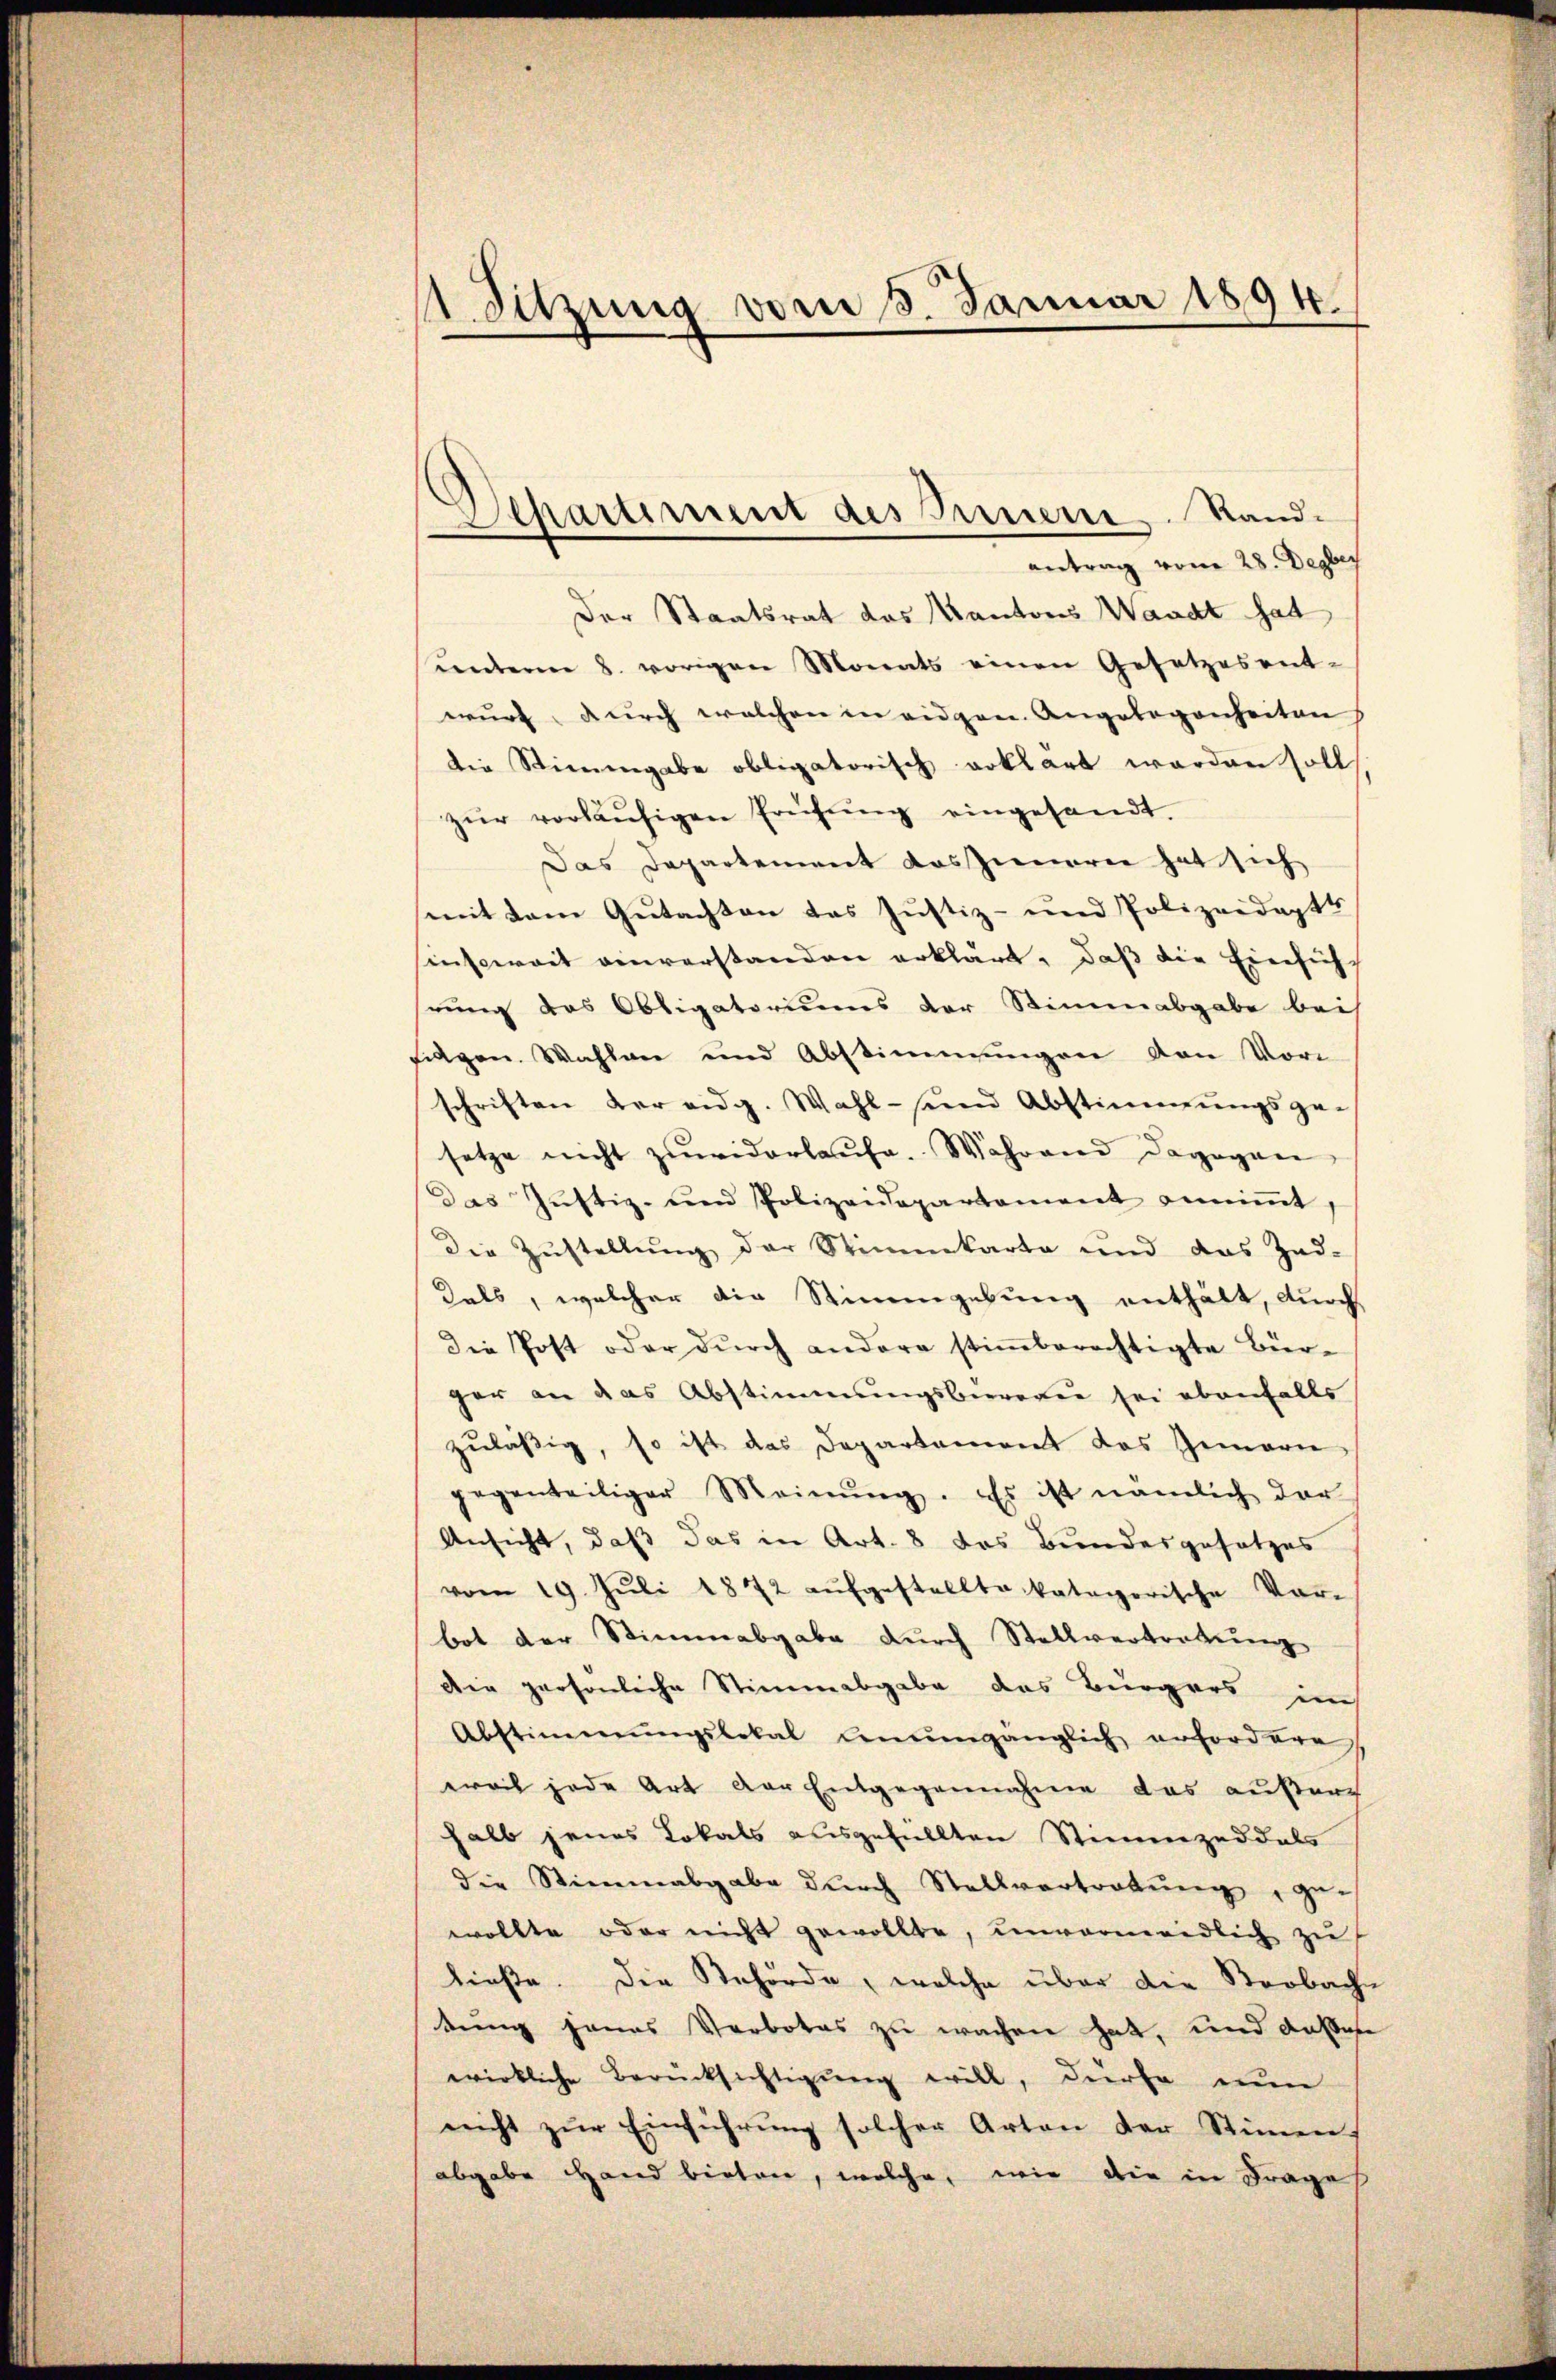
1 Sitzung vom 5. Januar 1894.

Separtement des Bessene Randantrag vom 28. Depes

Der Staatsrat das Kantons Waadt hat
ŭnterm 8. vorigen Monats einen Gesetzesent-
wurf, durch welchen in eidgen. Angelegenheiten
die Stimmgabe obligatorisch erklärt werden soll,
zŭr vorläŭfigen Erüfŭng eingesandt.
Das Departement das Zinnerei hat sich
mit dem Gutachten das Justiz- und Polizeidapts
insoweit einverstanden erklärt, daß die Einsich
rung des Obligatoriums der Stimmabgabe bei
figen. Wahlen und Abstimmungen von Vor
schriften der eidg. Wahl- und Abstimmungsge-
setze nicht zuwiderlaufe. Während dagegen
Das Jŭstiz- und Polizeidepartement anniṁt,
Die Zustellung der Stimmkarte und das Zad-
Kals, welcher die Stimmgebung enthält, durch
die Post oder dŭrch andere stiṁberechtigte Bür-
ger an das Abstimmungsbureren sei ebenfalls
zuläßig, so ist das Departement das Gemarie
gegenteiliger Meinŭng. Es ist nämlich der
Ansicht, daß das in Art. 8 das Bundesgesetzes
vom 19. Jŭli 1872 aŭfgestellte kategorische Vor-
bot der Stimmabgabe durch Stellvertretung
Die persönliche Stimmabgabe das Bürgers in
Abstimmungslokal benumgänglich erfordere,
ervit jede Art der Entgegennahme das außere
halb jenes Lokals ausgefüllten Stimmzeddals
die Stimmabgabe durch Stellvertretung, gewollte oder nicht gewollte, unvermeidlich zu
ließe. Die Behörde, welche über die Beobache
tung jenes Verbotes zu wachen hat, und dase
wirkliche Berücksichtigung will, dürfe nun
nicht zŭr Einführŭng solcher Arten der Stiṁe
abgabe Hand bieten, welche, wie die in Frage